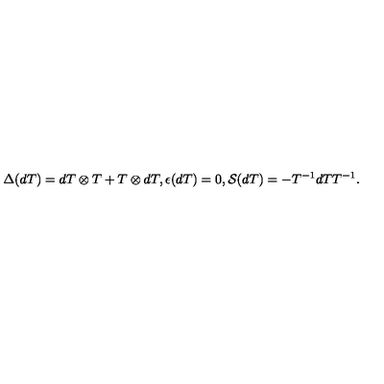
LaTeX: \Delta ( d T ) = d T \otimes T + T \otimes d T , { } \epsilon ( d T ) = 0 , { \cal S } ( d T ) = - T ^ { - 1 } d T T ^ { - 1 } .